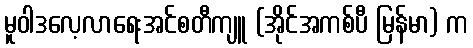
မူဝါဒလေ့လာရေးအင်စတီကျူ (အိုင်အကစ်ပီ မြန်မာ) က